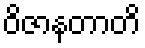
ဝိဇာနတာတိ